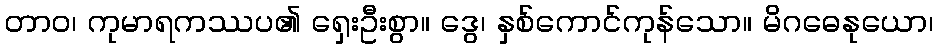
တာဝ၊ ကုမာရကဿပ၏ ရှေးဦးစွာ။ ဒွေ၊ နှစ်ကောင်ကုန်သော။ မိဂဓေနုယော၊